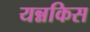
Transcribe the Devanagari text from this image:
यन्नकिस